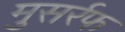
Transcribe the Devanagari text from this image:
मुसर्रफ